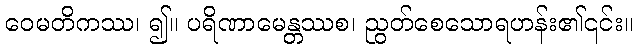
ဝေမတိကဿ၊ ၍။ ပရိဏာမေန္တဿစ၊ ညွတ်စေသောရဟန်း၏၎င်း။